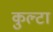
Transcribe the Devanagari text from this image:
कुल्टा